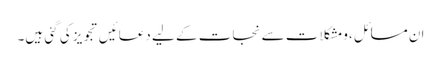
ان مسائل ،ومشکلات سے نجات کے لیے دعائیں تجویز کی گئی ہیں۔